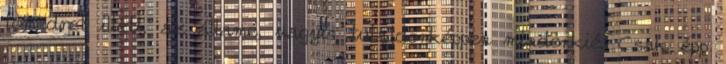
tómedret illeti, az államé, vagyis tulajdonképpen mindenkié. Csak épp